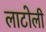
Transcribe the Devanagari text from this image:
लाटोली